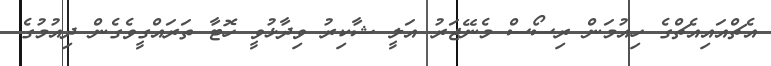
އެޗްއައިއެޗްގެ ހިއުމަން ރިސޯސް މެނޭޖަރު އަލީ ޝާކިރު ވިދާޅުވީ ހޮޓާ ތަރައްގީވެގެން ދިއުމުގެ